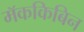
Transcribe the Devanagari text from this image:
मॅककिबिन